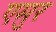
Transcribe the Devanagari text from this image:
एमुर